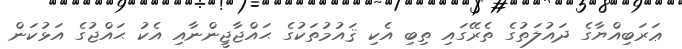
ޢަރަބިއްޔާގެ ދައުލަތުގެ ތެރޭގައި ތިބި އެކި ޤައުމުތަކުގެ ޙައްޖާޖީންނާއި އެކު ޙައްޖުގެ އަޅުކަން